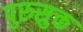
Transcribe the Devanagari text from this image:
पुरुसुक्त